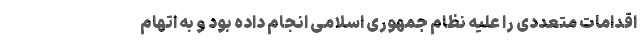
اقدامات متعددی را علیه نظام جمهوری اسلامی انجام داده بود و به اتهام